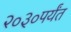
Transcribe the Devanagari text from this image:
२०३०पर्यंत